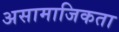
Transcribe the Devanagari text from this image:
असामाजिकता